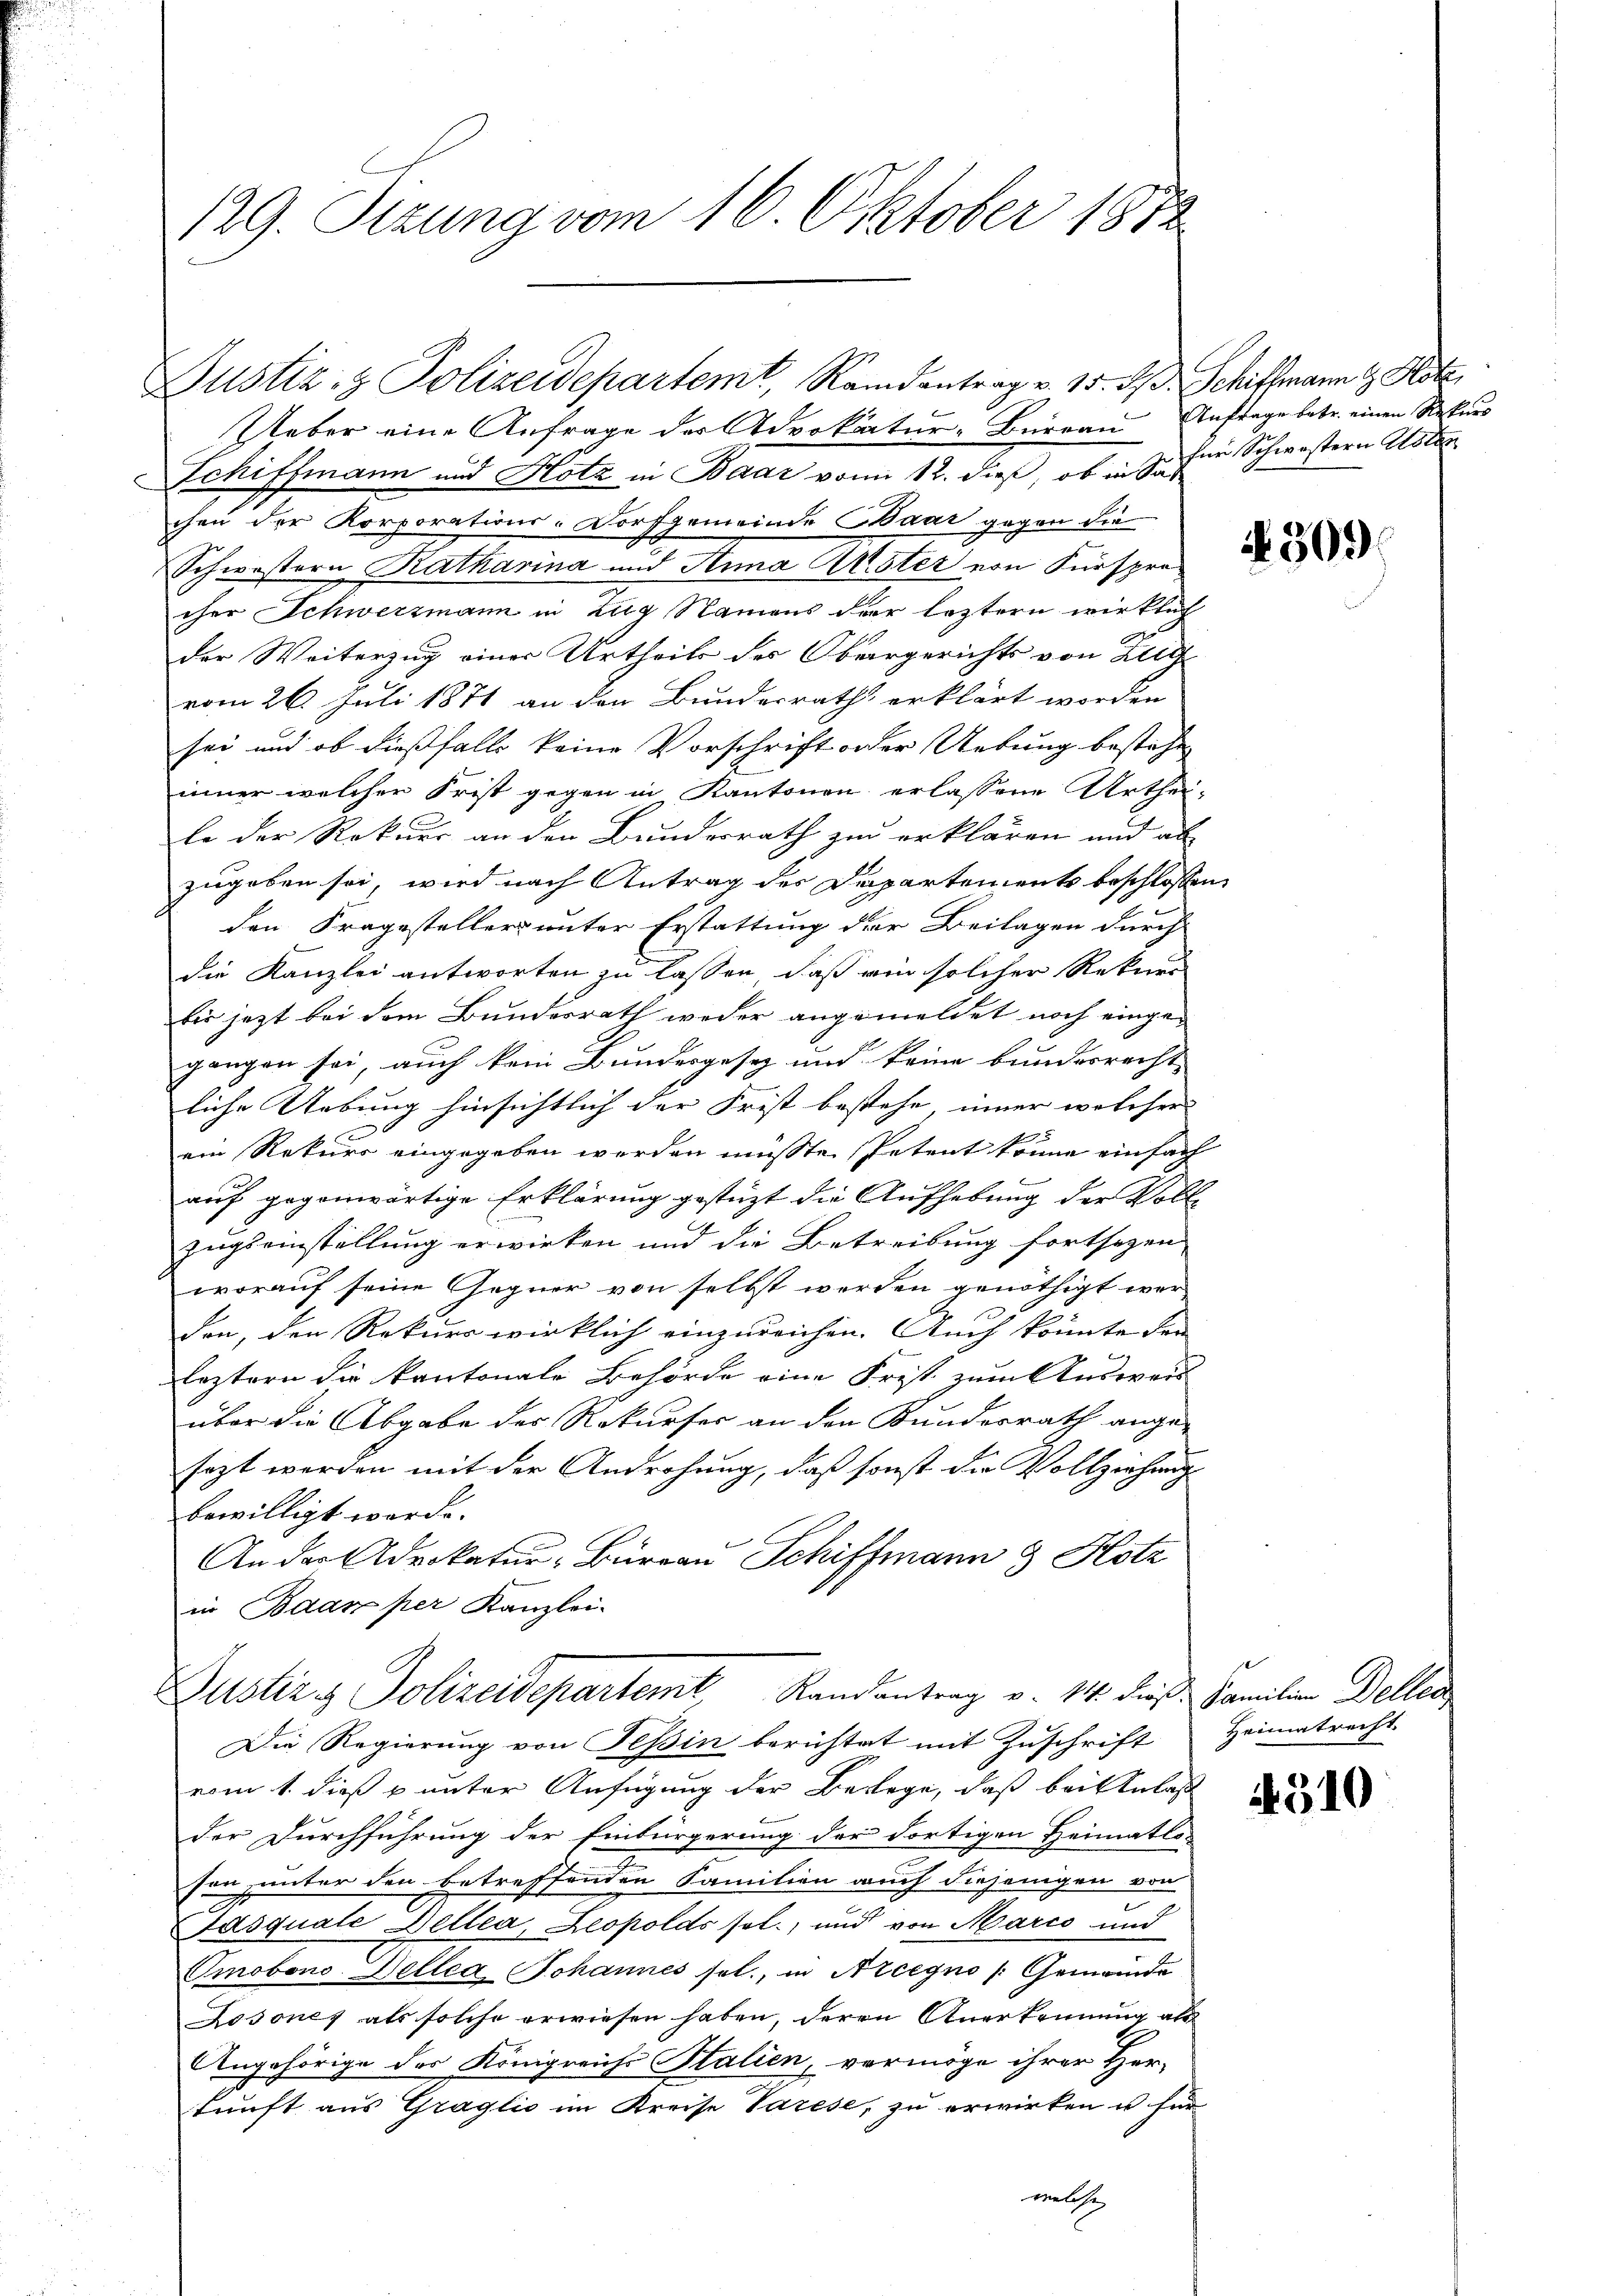
129. Sizung vom 16. Oktober 1872

Ueber eine Anfrage des Advokatur-Bureau Anfrage betr. einen Rekurs
Schiffmann und Hotz in Baar vom 12. dieß, ob in Sachen der Korporations-Dorfgemeinde Baar gegen die
Schwestern Katharina und Anna Uster von Fürsprecher Schwerzmann in Zug Namens der leztern wirklich
der Weiterzug einer Urtheils des Obergerichts von Zelg
vom 26. Juli 1871 an den Bundesrath erklärt worden
sei und ob dießfalls keine Vorschrift oder Uebung bestehe
iner welcher Frist gegen in Kantonen erlassene Urtheile der Rekurs an den Bundesrath zu erklären und al
zugeben sei, wird nach Antrag der Departements beschlossen,
den Fragesteller unter Erstattung der Beilagen durch
die Kanzlei antworten zu lassen, daß ein solcher Rekurs
bis jezt bei dem Bundesrath weder angemeldet noch eingegangen sei, auch kein Bundesgesez und keine bundesrecht |
liche Uebung hinsichtlich der Frist bestehe, immer welcher
x
ein Rekurs eingegeben werden müsste. Petent könne einfach
auf gegenwärtige Erklärung gestüzt die Aufhebung der Vollzugseinstellung erwirken und die Betreibung fortsezen
worauf seine Gegner von selbst werden genöthigt wer-
den, den Rekurs wirklich einzureichen. Auch könnte den
leztern die kantonale Behörde eine Frist zum Ausweis-
über die Abgabe der Rekurser an den Bundesrath ange-
sezt werden mit der Androhung, daß sonst die Vollziehung
bewilligt werde.
An der Advokatur, Bureau Schiffmann & Hotz
in Baasper Kanzlei-
Justiz & Polizeidepartem Randantrag v. 14. dieß Familien Dellen
Die Regierung von Teßin berichtet mit Zuschrift Heimatrecht.
vom 1. dieß u unter Anfügung der Bewege, daß bei Anlass
der Durchführung der Einbürgerung der dortigen Heimatlo-
sen unter den betreffenden Familien auch diejenigen von
e
Jasquale Dellen, Leopolds sol, und von Marco und
Omobono Dellea, Johannes sel., in Areegno /:Gemeinde
Losones als solche erwiesen haben, deren Anerkennung als
Angehörige des Königreichs Stalien, vermöge ihrer Her-
kunft aus Graglio im Kreise Varese, zu erwirken u. für
welche

Justiz- & Polizeidepartemt, Randantrag v. 15. A. Schiffmann z. Hotz

für Schwestern Asten

§ 309.

4510